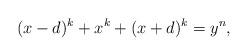
LaTeX: \begin{align*}(x-d)^k+x^k+(x+d)^k=y^n,\end{align*}